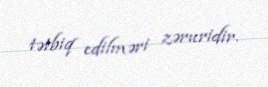
tətbiq edilməri zəruridir.